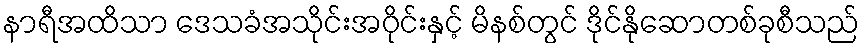
နာရီအထိသာ ဒေသခံအသိုင်းအဝိုင်းနှင့် မိနစ်တွင် ဒိုင်နိုဆောတစ်ခုစီသည်